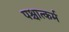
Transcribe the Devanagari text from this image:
पश्चात्कर्म